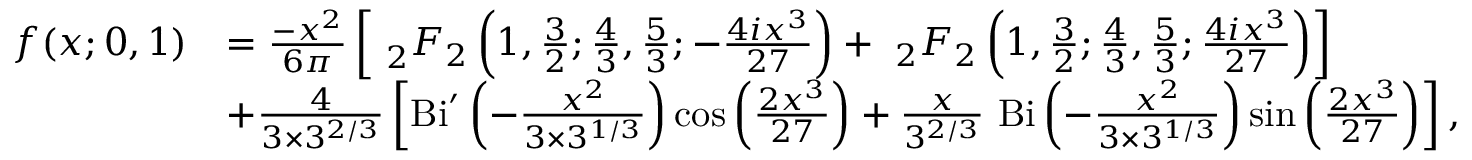
{ \begin{array} { r l } { f ( x ; 0 , 1 ) } & { = { \frac { - x ^ { 2 } } { 6 \pi } } \left[ ~ _ { 2 } F _ { 2 } \left( 1 , { \frac { 3 } { 2 } } ; { \frac { 4 } { 3 } } , { \frac { 5 } { 3 } } ; - { \frac { 4 i x ^ { 3 } } { 2 7 } } \right) + ~ _ { 2 } F _ { 2 } \left( 1 , { \frac { 3 } { 2 } } ; { \frac { 4 } { 3 } } , { \frac { 5 } { 3 } } ; { \frac { 4 i x ^ { 3 } } { 2 7 } } \right) \right] } \\ & { + { \frac { 4 } { 3 \times 3 ^ { 2 / 3 } } } \left[ \mathrm { B i } ^ { \prime } \left( - { \frac { x ^ { 2 } } { 3 \times 3 ^ { 1 / 3 } } } \right) \cos \left( { \frac { 2 x ^ { 3 } } { 2 7 } } \right) + { \frac { x } { 3 ^ { 2 / 3 } } } ~ \mathrm { B i } \left( - { \frac { x ^ { 2 } } { 3 \times 3 ^ { 1 / 3 } } } \right) \sin \left( { \frac { 2 x ^ { 3 } } { 2 7 } } \right) \right] , } \end{array} }